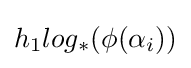
h_{1}log_{*}(\phi (\alpha _{i}))